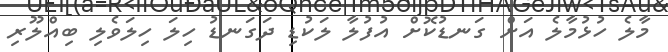
މާލެ ހުޅުމާލެ އަށް ގަނޑުކޮށް އުފުލާ ލަކުޑި ދަގަނޑު ހިލަ ހިލަވެލި ބިއްލޫރި